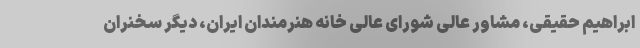
ابراهیم حقیقی، مشاور عالی شورای عالی خانه هنرمندان ایران، دیگر سخنران